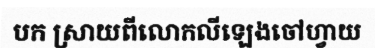
បក ស្រាយពីលោកលីឡេងចៅហ្វាយ